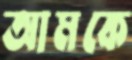
আমকে